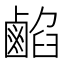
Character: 𪉦